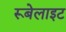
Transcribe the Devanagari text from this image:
रूबेलाइट